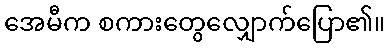
အေမီက စကားတွေလျှောက်ပြော၏။